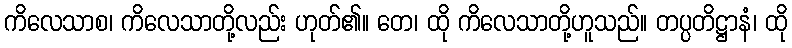
ကိလေသာစ၊ ကိလေသာတို့လည်း ဟုတ်၏။ တေ၊ ထို ကိလေသာတို့ဟူသည်။ တပ္ပတိဋ္ဌာနံ၊ ထို